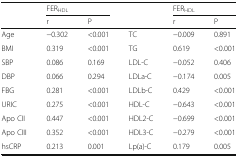
<table><thead><tr><td></td><td colspan="2"><b>FER<sub>HDL</sub></b></td><td></td><td colspan="2"><b>FER<sub>HDL</sub></b></td></tr><tr><td></td><td><b>r</b></td><td><b>P</b></td><td></td><td><b>r</b></td><td><b>P</b></td></tr></thead><tbody><tr><td>Age</td><td>−0.302</td><td>&lt;0.001</td><td>TC</td><td>−0.009</td><td>0.891</td></tr><tr><td>BMI</td><td>0.319</td><td>&lt;0.001</td><td>TG</td><td>0.619</td><td>&lt;0.001</td></tr><tr><td>SBP</td><td>0.086</td><td>0.169</td><td>LDL-C</td><td>−0.052</td><td>0.406</td></tr><tr><td>DBP</td><td>0.066</td><td>0.294</td><td>LDLa-C</td><td>−0.174</td><td>0.005</td></tr><tr><td>FBG</td><td>0.281</td><td>&lt;0.001</td><td>LDLb-C</td><td>0.429</td><td>&lt;0.001</td></tr><tr><td>URIC</td><td>0.275</td><td>&lt;0.001</td><td>HDL-C</td><td>−0.643</td><td>&lt;0.001</td></tr><tr><td>Apo CII</td><td>0.447</td><td>&lt;0.001</td><td>HDL2-C</td><td>−0.699</td><td>&lt;0.001</td></tr><tr><td>Apo CIII</td><td>0.352</td><td>&lt;0.001</td><td>HDL3-C</td><td>−0.279</td><td>&lt;0.001</td></tr><tr><td>hsCRP</td><td>0.213</td><td>0.001</td><td>Lp(a)-C</td><td>0.179</td><td>0.005</td></tr></tbody></table>